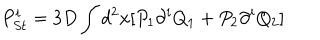
P _ { S t } ^ { i } = 3 D \int d ^ { 2 } x [ P _ { 1 } \partial ^ { i } Q _ { 1 } + P _ { 2 } \partial ^ { i } Q _ { 2 } ]